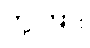
တို့ကြား